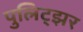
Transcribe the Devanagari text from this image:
पुलिट्झर